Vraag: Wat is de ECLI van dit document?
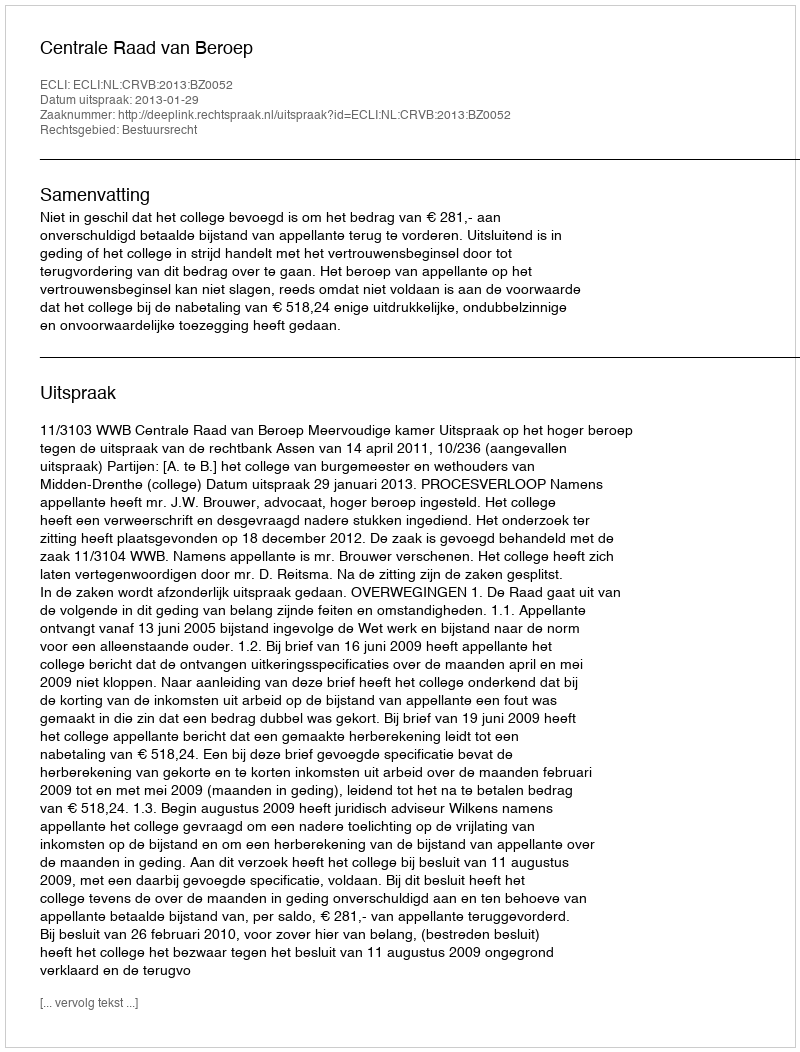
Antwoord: ECLI:NL:CRVB:2013:BZ0052